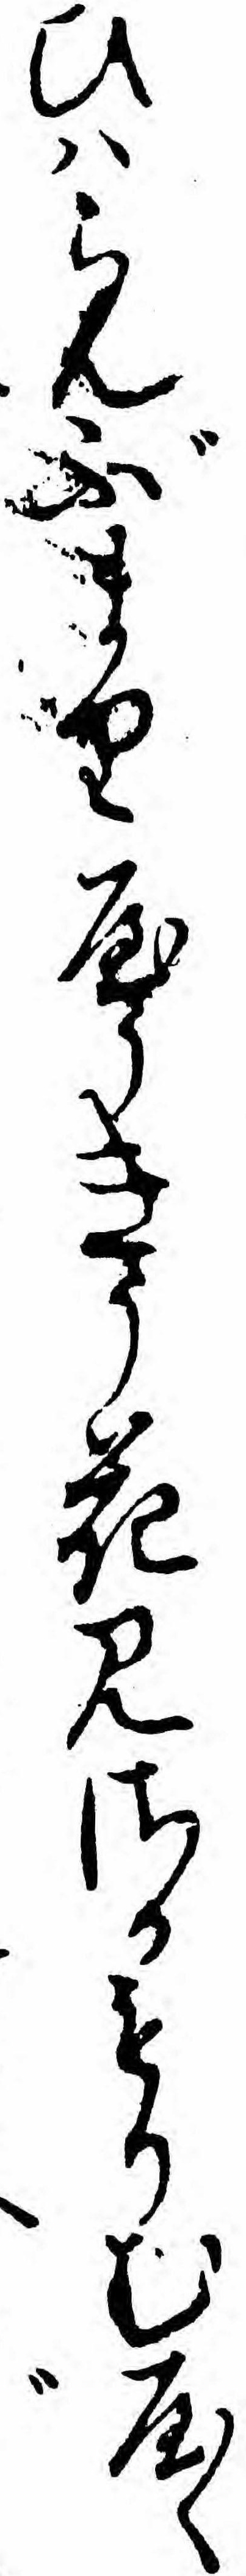
ひハらんぶまりやうきう花見さかもりむやく